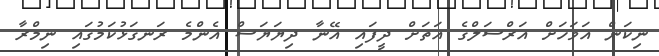
ނިކަން އަވަހަށް އަރްސަލްގެ އަތަށް ދީފައި އޭނާ ދިޔަޔަސް އެންމެ ރަނގަޅުކަމުގައި ނިމްރާ